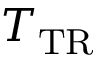
T _ { \mathrm { T R } }